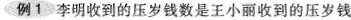
例1李明收到的压岁钱数是王小丽收到的压岁钱